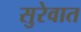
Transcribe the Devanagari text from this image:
सुरेवात